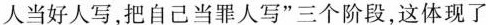
人当好人写,把自己当罪人写”三个阶段,这体现了